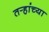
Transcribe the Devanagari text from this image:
तर्‍हांच्या